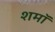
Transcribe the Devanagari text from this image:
शमॉ